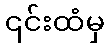
၎င်းထံမှ